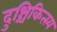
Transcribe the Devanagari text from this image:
दुश्चिकित्स्य